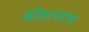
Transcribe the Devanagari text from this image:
श्रीहरनाथ